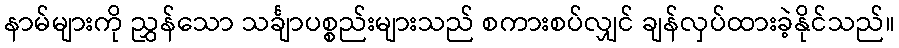
နာမ်များကို ညွှန်သော သင်္ချာပစ္စည်းများသည် စကားစပ်လျှင် ချန်လှပ်ထားခဲ့နိုင်သည်။